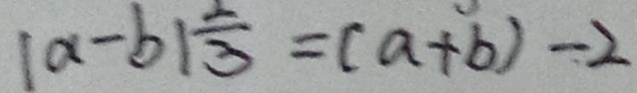
\vert a - b \vert \frac { 2 } { 3 } = ( a + b ) - 2